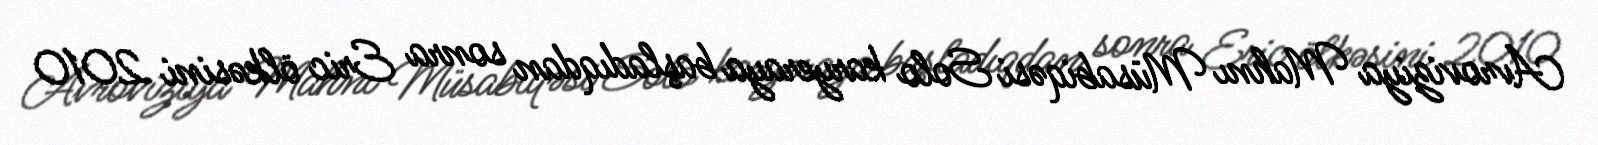
Avroviziya Mahnı Müsabiqəsi Solo karyeraya başladıqdan sonra Eric ölkəsini 2010